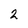
Character: 2